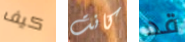
كيف كانت قد